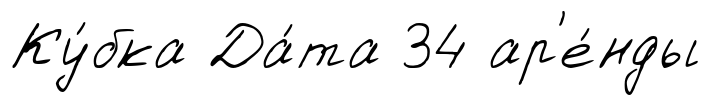
Ку́бка Да́та 34 ар'е́нды